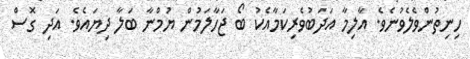
ހިނިތުންވެލެވުނެވެ. އާލިމާ އަދަބުވެރިކަމާއެކު ބޯ ޖަހާލަމުން ޔުމްނާ ބަލާ ދިޔައެވެ. އަދި ގޮސް